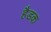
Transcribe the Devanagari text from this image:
हैडक